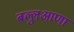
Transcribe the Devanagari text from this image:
बल्लुआणा